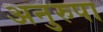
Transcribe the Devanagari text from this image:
अनुरुपा